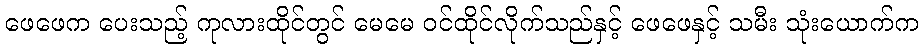
ဖေဖေက ပေးသည့် ကုလားထိုင်တွင် မေမေ ဝင်ထိုင်လိုက်သည်နှင့် ဖေဖေနှင့် သမီး သုံးယောက်က